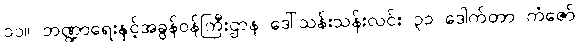
၁၁။ ဘဏ္ဍာရေးနှင့်အခွန်ဝန်ကြီးဌာန ဒေါ်သန်းသန်းလင်း ၃၁ ဒေါက်တာ ကံဇော်